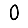
Digit: 0